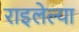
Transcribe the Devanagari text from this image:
राइलेल्या